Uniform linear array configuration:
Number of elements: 64
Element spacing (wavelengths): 1
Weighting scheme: exponential
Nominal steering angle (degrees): -60
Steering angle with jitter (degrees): -60.998
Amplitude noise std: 0.05
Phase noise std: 0.05

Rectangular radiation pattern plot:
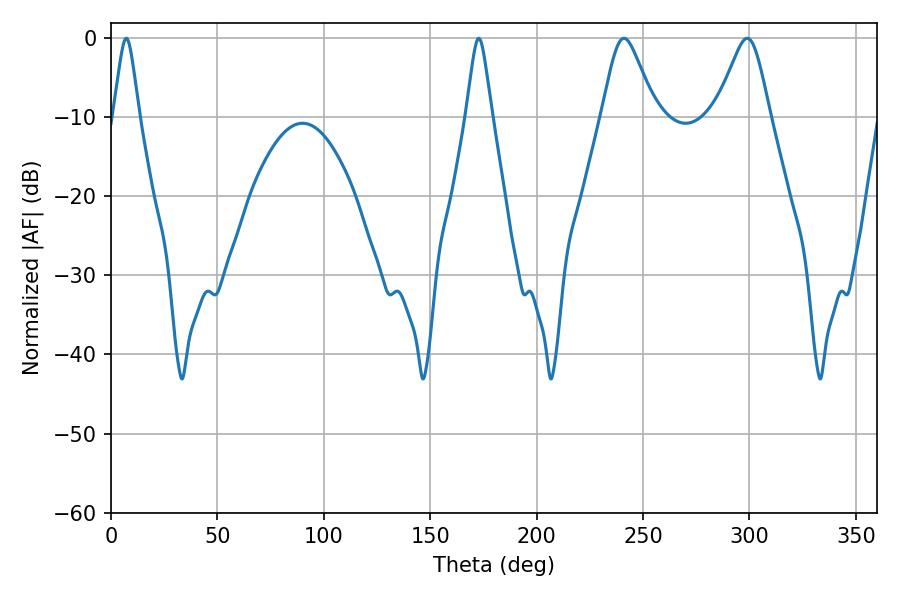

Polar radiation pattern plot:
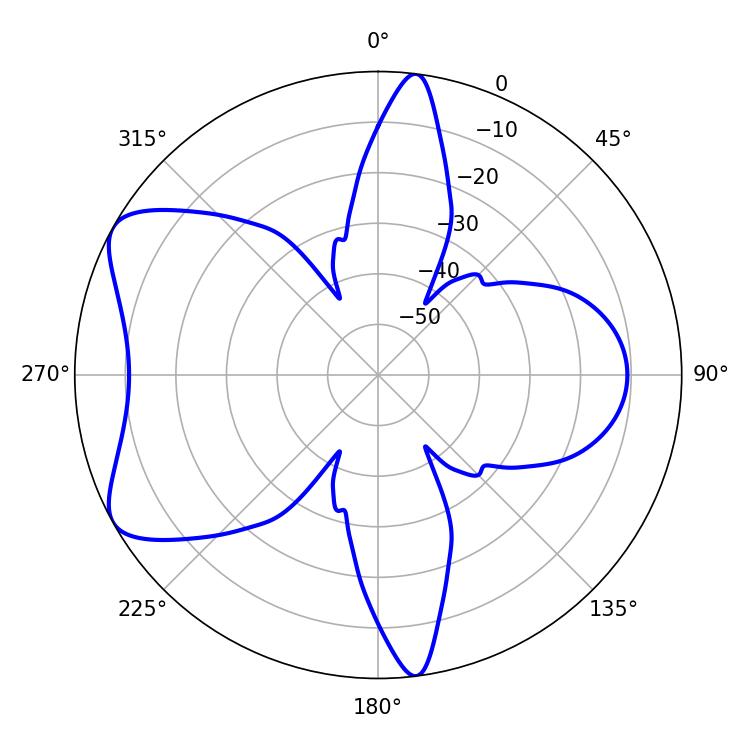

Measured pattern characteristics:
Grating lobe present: TRUE
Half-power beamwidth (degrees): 12.24
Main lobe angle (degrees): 298.98